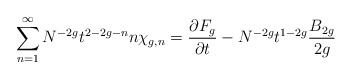
\begin{align*}\sum_{n=1}^{\infty} N^{-2 g } t^{2 - 2 g - n}n \chi_{g,n} = { \partial F_g \over \partial t} - N^{-2 g} t^{1 - 2 g } {B_{2 g } \over 2 g }\end{align*}